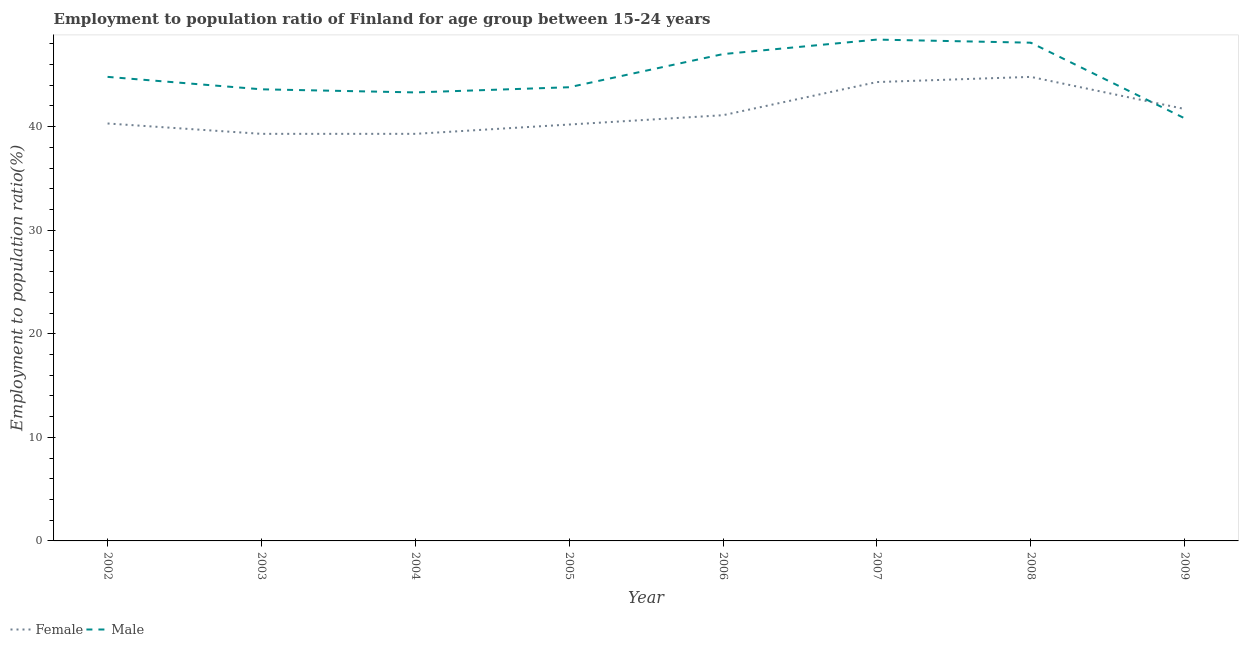
| Year | Female | Male |
 | --- | --- | --- |
 | 2002 | 40.3 | 44.8 |
 | 2003 | 39.3 | 43.6 |
 | 2004 | 39.3 | 43.3 |
 | 2005 | 40.2 | 43.8 |
 | 2006 | 41.1 | 47 |
 | 2007 | 44.3 | 48.4 |
 | 2008 | 44.8 | 48.1 |
 | 2009 | 41.7 | 40.8 |